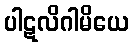
ပါဋလိဂါမိယေ